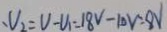
、 V _ { 2 } = V - V _ { 1 } = 1 8 V - 1 0 V = 8 V